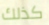
كذلك